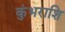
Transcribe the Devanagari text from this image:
कुंभराशि